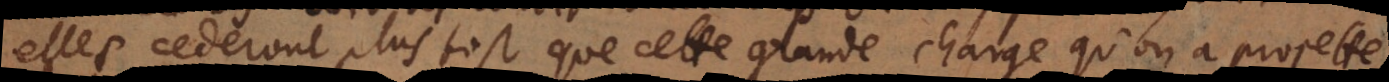
elles cederont plustot que cette grande charge qu’on a projettée